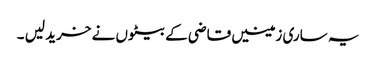
یہ ساری زمینیں قاضی کے بیٹوں نے خرید لیں ۔